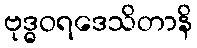
ဗုဒ္ဓဝရဒေသိတာနိ